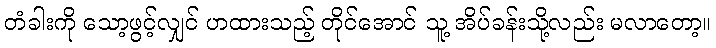
တံခါးကို သော့ဖွင့်လျှင် ဟထားသည့် တိုင်အောင် သူ့ အိပ်ခန်းသို့လည်း မလာတော့။